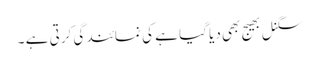
سگنل بھیج بھی دیا گیا ہے کی نمائندگی کرتی ہے ۔